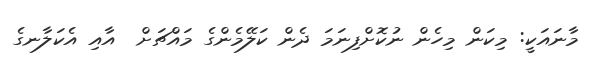
މާނައަކީ: މިކަން މިހެން ނުކޮށްފިނަމަ ދެން ކަލޭމެންގެ މައްޗަށް  އާއި އެކަލާނގެ